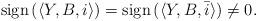
LaTeX: \begin{align*}{\rm sign}\left(\left\langle Y,B,i\right\rangle \right)={\rm sign}\left(\left\langle Y,B,\bar{i}\right\rangle \right)\neq0.\end{align*}